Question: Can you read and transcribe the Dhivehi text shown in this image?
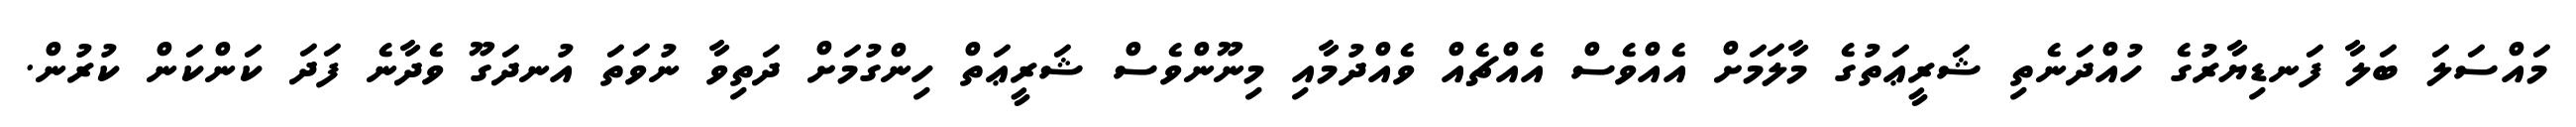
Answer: މައްސަލަ ބަލާ ފަނޑިޔާރުގެ ހުއްދަނެތި ޝަރީޢަތުގެ މާލަމަށް އެއްވެސް އެއްޗެއް ވެއްދުމާއި މިނޫންވެސް ޝަރީޢަތް ހިންގުމަށް ދަތިވާ ނުވަތަ އުނދަގޫ ވެދާނެ ފަދަ ކަންކަން ކުރުން.